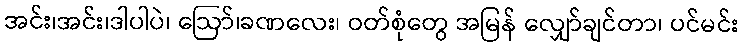
အင်း၊အင်း၊ဒါပါပဲ၊ ဩော်၊ခဏလေး၊ ဝတ်စုံတွေ အမြန် လျှော်ချင်တာ၊ ပင်မင်း